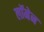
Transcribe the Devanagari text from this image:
लॉमेन